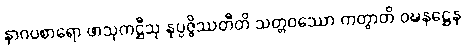
နာဂပစာရော ဖာသုကဋ္ဌီသု နုပ္ပဇ္ဇိဿတီတိ သတ္တဝဿော ကတွာတိ ဝဍ္ဎနဋ္ဌေန